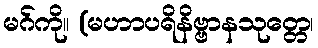
မဂ်ကို။ (မဟာပရိနိဗ္ဗာနသုတ္တေ၊